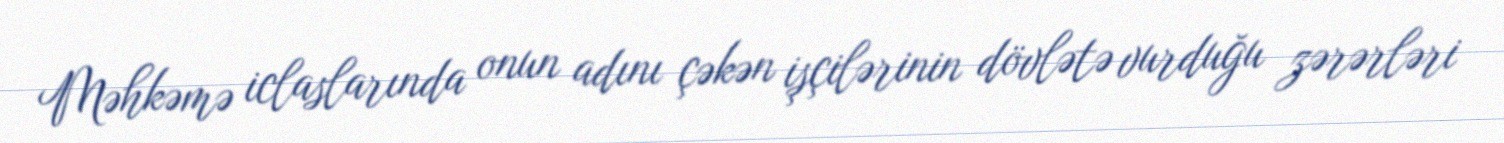
Məhkəmə iclaslarında onun adını çəkən işçilərinin dövlətə vurduğu zərərləri